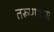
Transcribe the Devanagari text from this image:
तरूणाच्या